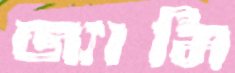
জ্যামি